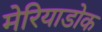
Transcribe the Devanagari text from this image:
मेरियाडोक